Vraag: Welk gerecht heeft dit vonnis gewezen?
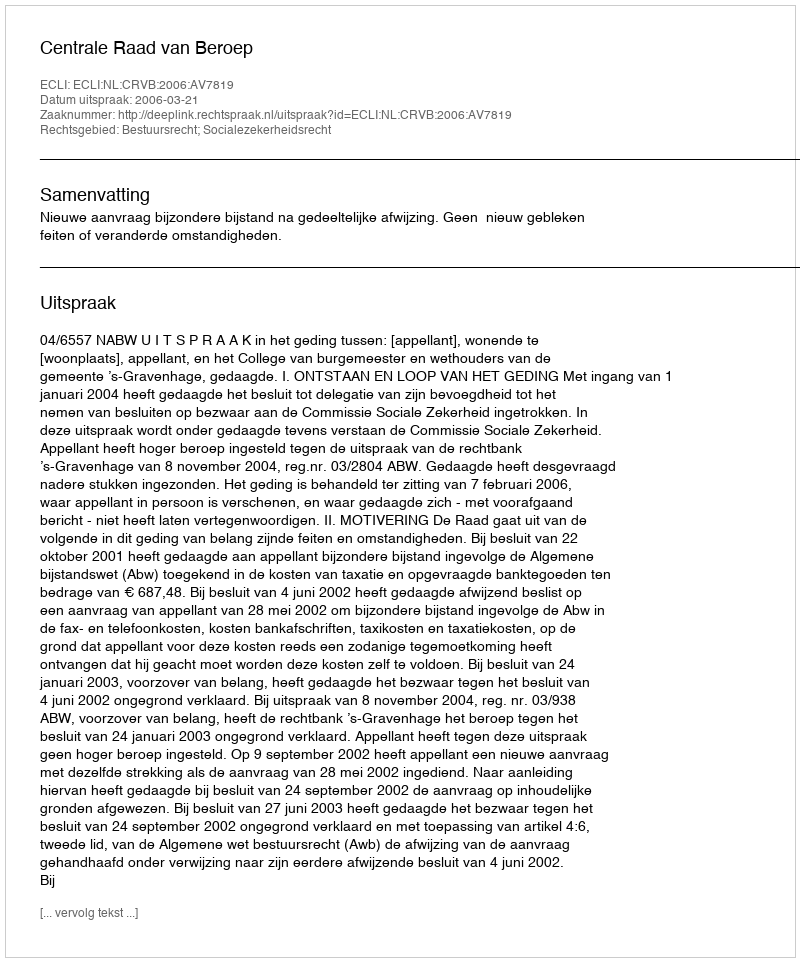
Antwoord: Centrale Raad van Beroep